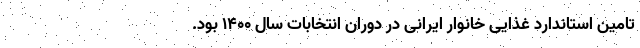
تامین استاندارد غذایی خانوار ایرانی در دوران انتخابات سال ۱۴۰۰ بود.